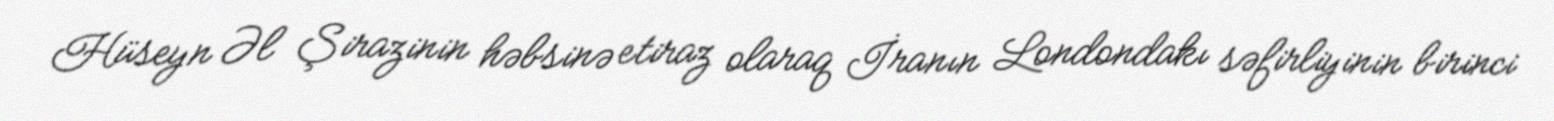
Hüseyn Əl Şirazinin həbsinə etiraz olaraq İranın Londondakı səfirliyinin birinci